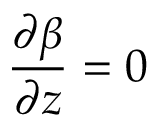
\displaystyle \frac { \partial \beta } { \partial z } = 0